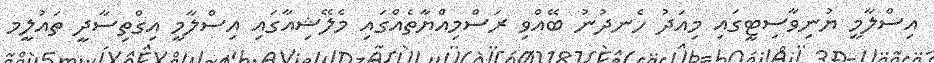
އިސްލާމީ ޔުނިވާސިޓީގައި މިއަދު ހެނދުނު ބޭއްވި ރަސްމިއްޔާތެއްގައި މެލޭޝިއާގައި އިސްލާމީ އިގްތިސާދީ ތައުލީމ